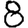
Digit: 8